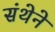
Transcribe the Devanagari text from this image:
संथेने